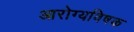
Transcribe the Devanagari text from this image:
आरोग्यविषक